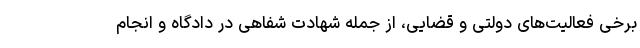
برخی فعالیت‌های دولتی و قضایی، از جمله شهادت شفاهی در دادگاه و انجام